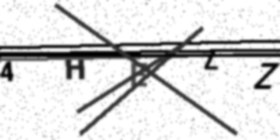
Text: 4HEZZ